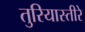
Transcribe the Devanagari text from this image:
तुरियास्तीरे